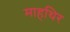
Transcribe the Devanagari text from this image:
माहथिर